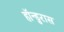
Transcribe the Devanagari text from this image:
हॉन्डुरास